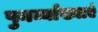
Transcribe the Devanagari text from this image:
पुनर्व्याख्याएं